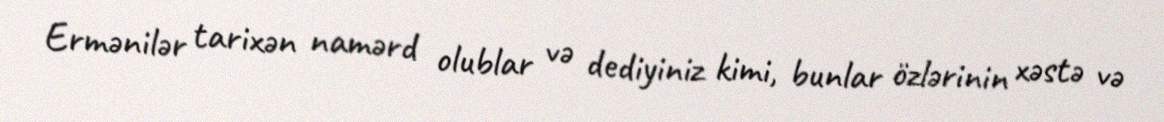
Ermənilər tarixən namərd olublar və dediyiniz kimi, bunlar özlərinin xəstə və